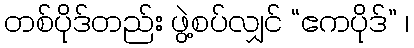
တစ်ပိုဒ်တည်း ဖွဲ့စပ်လျှင် “ဧကပိုဒ်” ၊